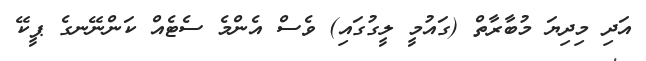
އަދި މިދިޔަ މުބާރާތް (ގައުމީ ލީގުގައި) ވެސް އެންމެ ސެޓެއް ކަންނޭނގެ ޕީކޭ